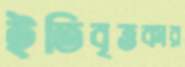
ইতিবৃত্তকার